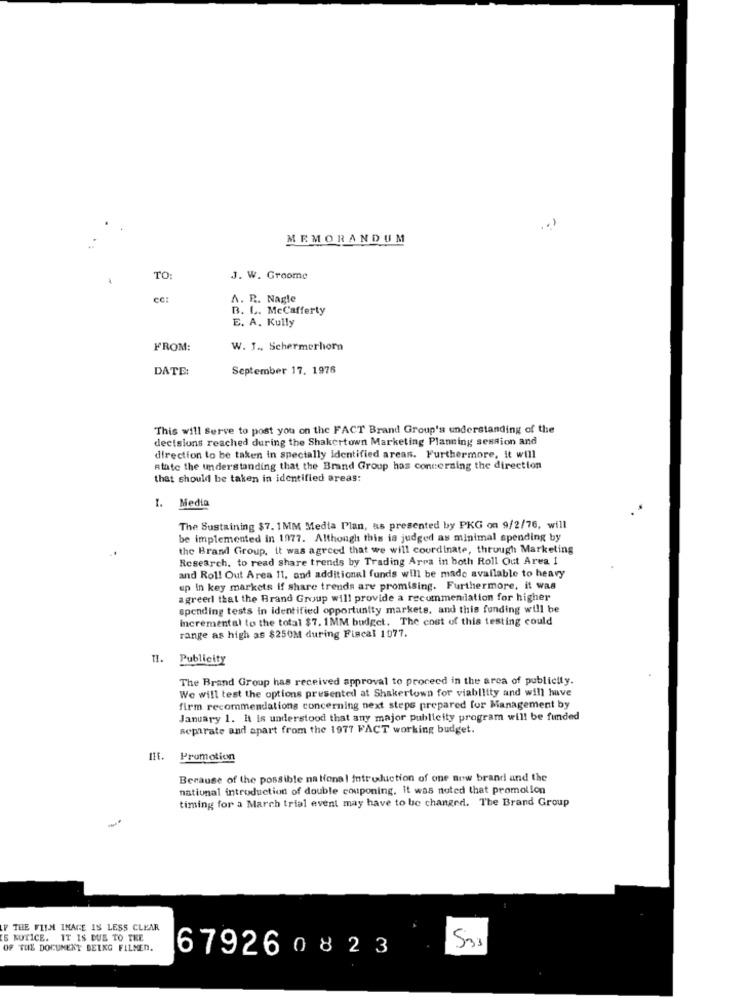
.. )
MEMORANDUM
TO
J. W. Groome
cc:
A. R. Nagle
B. L. McCafferty
E. A. Kully
FROM:
W. J ., Schermerhorn
DATE:
September 17. 1976
This will Serve to post you on the FACT Brand Group's understanding of the
decisions reached during the Shakertown Marketing Planning session and
direction to be taken in spectally identified areas. Furthermore, it will
Atate the understanding that the Brand Group has concerning the direction
that should be taken in identified areas:
1. Media
The Sustaining $7. 1MM Media Plan, as presented by PKG on 9/2/76, will
be implemented in 1977. Although this is judged as minimal spending by
the Brand Group. it was agreed that we will coordinate, through Marketing
Research, to read share trends by Trading Arra in both Roll Out Area I
and Roll Out Area 11, and additional funds will be made available to heavy
up in key markets if share trends are promising. Furthermore, it was
agreeri that the Brand Group will provide a recommendation for higher
spending tests in identified opportunity markets, and this funding will be
Incremental to the total $7. 1MM budget. The cost of this testing could
range as high as $250M during Fiscal 1977.
TI.
Publicity
The Brand Group has received approval to proceed in the area of publicity.
We will test the options presented at Shakertown for viability and will have
firm recommendations concerning next steps prepared for Management by
January 1. It is understood that any major publicity program will be funded
separate and apart from the 1977 FACT working budget.
IHf.
Promotion
Because of the possible national Introduction of one aow brand and the
national introduction of double couponing. it was noted that promolion
timing for a March trial event may have to be changed. The Brand Group
LY THE FILM IMAGE IS LESS CLEAR
IS NOTICE. IT IS DUE TO THE
OF THE DOCUMENT BEING FILMEN.
679260823
533